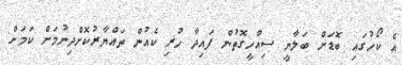
އެ ކޯހުގައި ބޮޑަށް ބަލާނީ ސިއްހީގޮތުން ފައިދާ ހުރި ކެއުން ތައްޔާރުކޮށްދިނުމަށް ކަމަށް